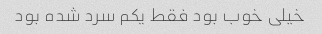
خیلی خوب بود فقط یکم سرد شده بود